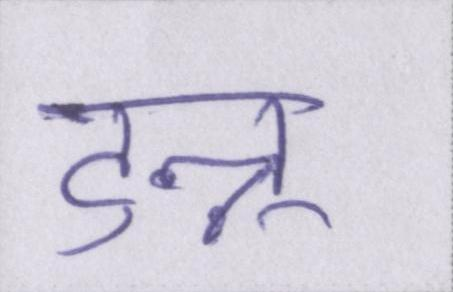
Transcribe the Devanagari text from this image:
टुन्नू